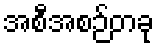
အစီအစဉ်တခု